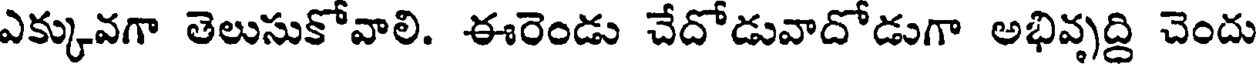
ఎక్కువగా తెలుసుకోవాలి. ఈరెండు చేదోడువాదోడుగా అభివృద్ది చెందు